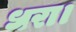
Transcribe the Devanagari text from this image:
धरा।